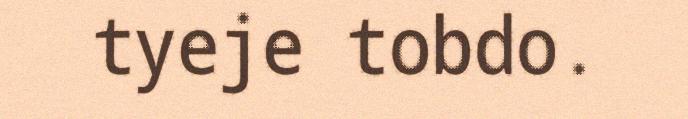
tyeje tobdo.